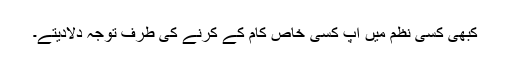
کبھی کسی نظم میں آپ کسی خاص کام کے کرنے کی طرف توجہ دلادیتے۔